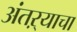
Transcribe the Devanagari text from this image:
अंतऱ्याचा